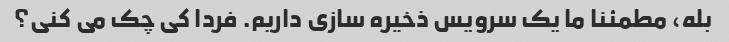
بله، مطمئنا ما یک سرویس ذخیره سازی داریم. فردا کی چک می کنی؟